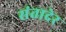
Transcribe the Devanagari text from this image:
संतादेर